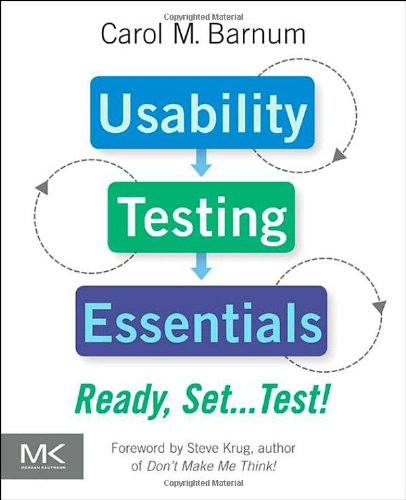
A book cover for Usability Testing Essentials: Ready, Set...Test!; Carol M. Barnum; Computers & Technology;